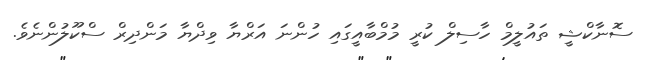
ސޮނާކްޝީ ތައުލީމް ހާސިލް ކުރީ މުމްބާއީގައި ހުންނަ އަރްޔާ ވިދްޔާ މަންދިރް ސްކޫލުންނެވެ.